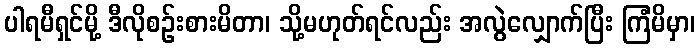
ပါရမီရှင်မို့ ဒီလိုစဉ်းစားမိတာ၊ သို့မဟုတ်ရင်လည်း အလွဲလျှောက်ပြီး ကြံမိမှာ၊